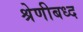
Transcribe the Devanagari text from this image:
श्रेणीबध्द